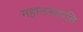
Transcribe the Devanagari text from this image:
महालसापति